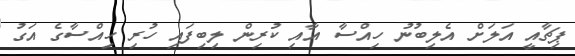
ޕިޗާއީ އަލަށް އެލިބުނު ހިއްސާ އާއި ކުރިން ލިބިފައި ހުރި ހިއްސާގެ އަގު